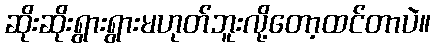
ဆိုးဆိုးရွားရွားမဟုတ်ဘူးလို့တော့ထင်တာပဲ။